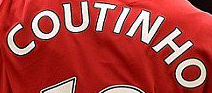
COUTINHO